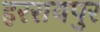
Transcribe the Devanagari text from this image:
हररायपुर